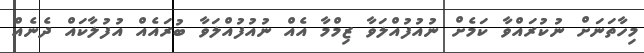
މިހާތަނަށް ނުކުރައްވާ ކަމެށް ނުއުފުއްލަވާ ޒިމްމާ އެއް ނުއުފުއްލަވާ ބުރައެއް އުފުލާކައް ދެނެއް